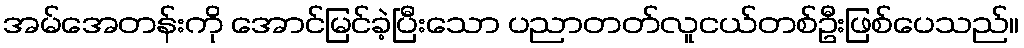
အမ်အေတန်းကို အောင်မြင်ခဲ့ပြီးသော ပညာတတ်လူငယ်တစ်ဦးဖြစ်ပေသည်။